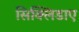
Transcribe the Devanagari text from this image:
सिक्लिडाए